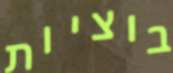
בוציות